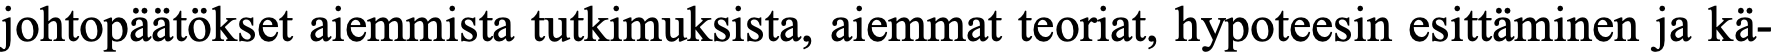
johtopäätökset aiemmista tutkimuksista, aiemmat teoriat, hypoteesin esittäminen ja kä-